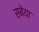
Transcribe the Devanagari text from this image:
सबेया